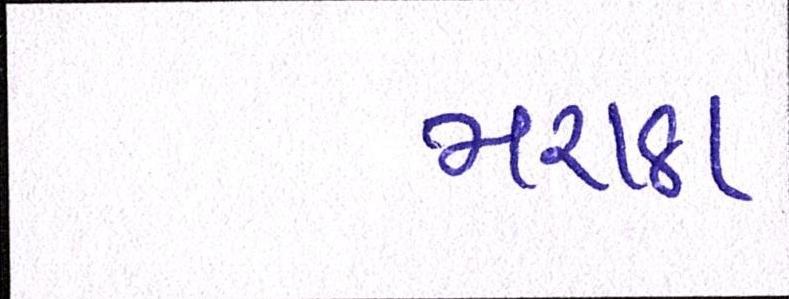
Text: મરાઠા